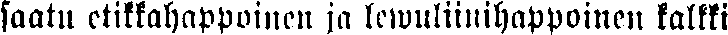
saatu etikkahappoinen ja lewuliinihappoinen kalkki